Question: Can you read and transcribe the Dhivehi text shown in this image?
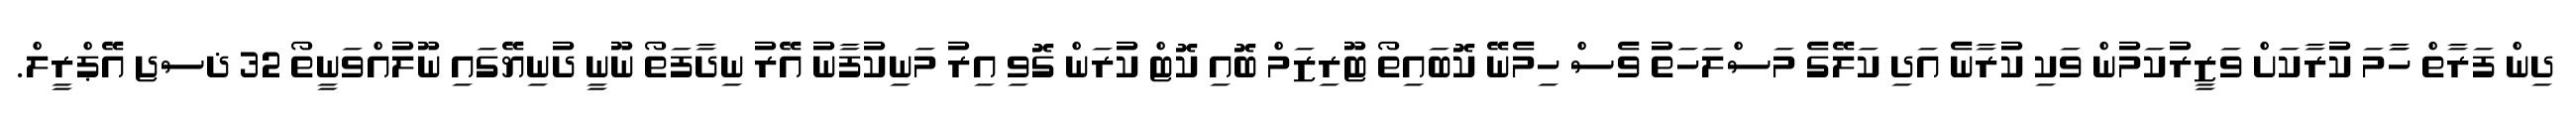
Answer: ދިން ފަރާތް ހަާމަ ކުރާކަށް ވަޒީރުކަމުން ވަކި ކުރާނެ އަދި ކަލޭގެ މަސްލަހަތު ވެސް ހިމެނޭ ކޮބައިތޯ ޓޫރިޒަމް ބޮއި ކޮޓް ކުރަން ގޮވި އިރު މަނިކުފާނު އޭރު ނިދާފަތޯ ނޫނީ ދުނިޔޭގައި ނޫލުއްވަނީތޯ 32 ޛސޖ އޭޕްރީލް.